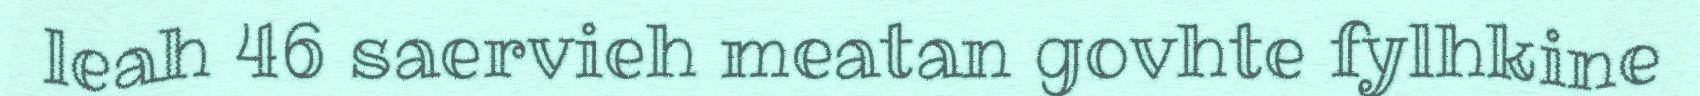
leah 46 saervieh meatan govhte fylhkine